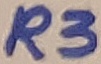
Text: R3